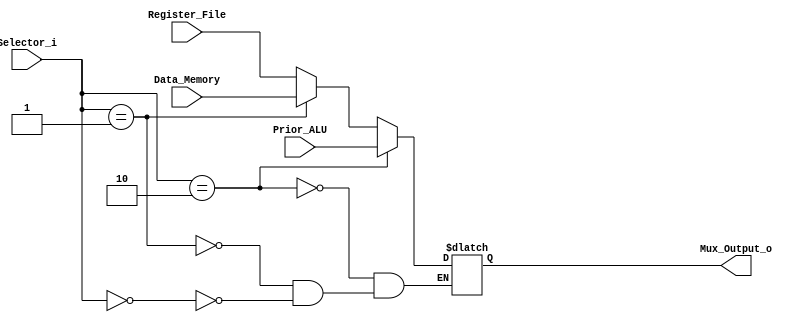
module Multiplexer_3_to_1
#(
	parameter NBits = 32
)
(
	input [1:0] Selector_i,
	input [NBits-1:0] Register_File,
	input [NBits-1:0] Prior_ALU,
	input [NBits-1:0] Data_Memory,
	
	output reg [NBits-1:0] Mux_Output_o

);

	always@(Selector_i or Register_File or Register_File or Data_Memory) begin // ,
		if(Selector_i == 2'b00)
			Mux_Output_o = Register_File;
		if(Selector_i == 2'b01)
			Mux_Output_o = Data_Memory;
		if(Selector_i == 2'b10)
			Mux_Output_o = Prior_ALU;
	end

endmodule